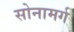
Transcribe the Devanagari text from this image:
सोनामर्ग